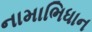
નામાભિધાન